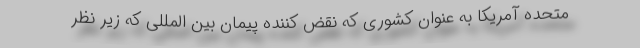
متحده آمریکا به عنوان کشوری که نقض کننده پیمان بین المللی که زیر نظر